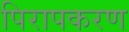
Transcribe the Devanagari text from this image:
पिरापकरण